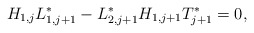
\begin{align*} H_{1,j}L_{1,j+1}^*-L_{2,j+1}^*H_{1,j+1}T_{j+1}^*=0,\end{align*}